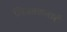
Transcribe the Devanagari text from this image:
लिज्जतलाही